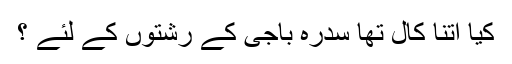
کیا اتنا کال تھا سدرہ باجی کے رشتوں کے لئے ؟